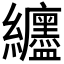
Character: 𫄖